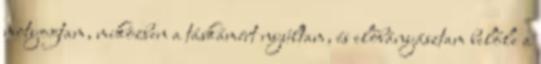
motyogtam, miközben a táskámért nyúltam, és előbányásztam belőle a